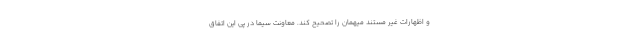
و اظهارات غیر مستند میهمان را تصحیح کند. معاونت سیما در پى این اتفاق